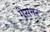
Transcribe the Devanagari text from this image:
गेसनर